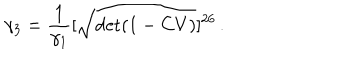
\gamma _ { 3 } = \frac { 1 } { \gamma _ { 1 } } [ \sqrt { \det ( 1 - C V ) } ] ^ { 2 6 } \, .